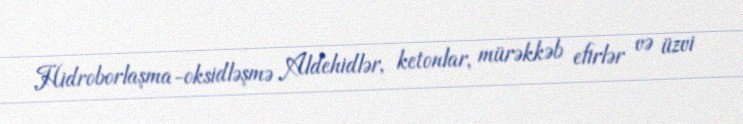
Hidroborlaşma-oksidləşmə Aldehidlər, ketonlar, mürəkkəb efirlər və üzvi